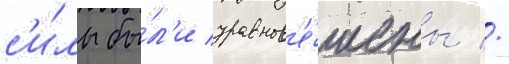
с'и́лы бы́л'и уравнов'е́шены //